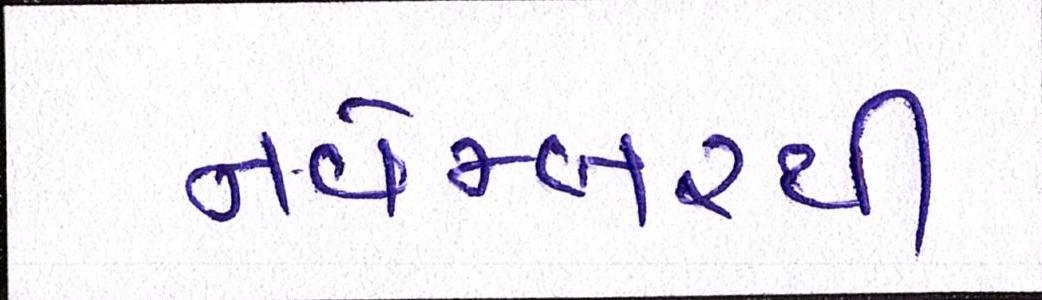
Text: નવેમ્બરથી